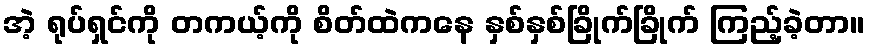
အဲ့ ရုပ်ရှင်ကို တကယ့်ကို စိတ်ထဲကနေ နှစ်နှစ်ခြိုက်ခြိုက် ကြည့်ခဲ့တာ။